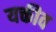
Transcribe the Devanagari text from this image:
यक्तीव